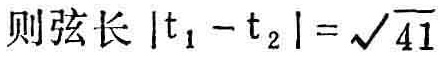
则弦长 \(|t_{1}-t_{2}| = \sqrt{41}\)